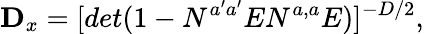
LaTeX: {\mathbf D_{x}}=[det(1-N^{a^{\prime}a^{\prime}}EN^{a,a}E)]^{-D/2},\, \,